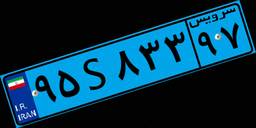
۹۵S۸۳۳۹۷